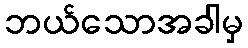
ဘယ်သောအခါမှ